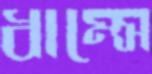
ধাম্‌সে